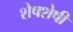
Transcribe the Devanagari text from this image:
शेषशेषी